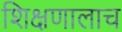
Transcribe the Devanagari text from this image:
शिक्षणालाच